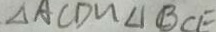
\Delta A C D \sim \Delta B C E